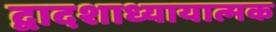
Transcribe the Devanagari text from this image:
द्वादशाध्यायात्मक